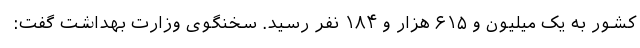
کشور به یک میلیون و ۶۱۵ هزار و ۱۸۴ نفر رسید. سخنگوی وزارت بهداشت گفت: